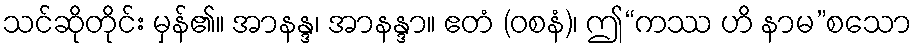
သင်ဆိုတိုင်း မှန်၏။ အာနန္ဒ၊ အာနန္ဒာ။ ဧတံ (ဝစနံ)၊ ဤ“ကဿ ဟိ နာမ”စသော